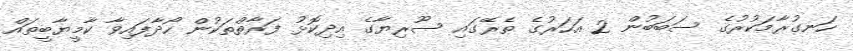
ހަނގުރާމަކުރުގެ ސަބަބުން 2 އަހަރުގެ ތެރޭގައި ސޫރިޔާގެ އިދިކޮޅު ފަރާތްތަކުން ހޯދާފައިވާ ކާމީޔާބީތައް